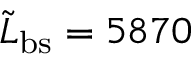
\tilde { L } _ { \mathrm { b s } } = 5 8 7 0